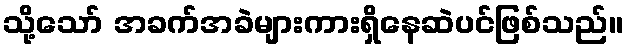
သို့သော် အခက်အခဲများကားရှိနေဆဲပင်ဖြစ်သည်။